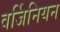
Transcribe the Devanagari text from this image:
वर्जिनियन